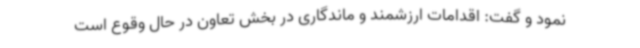
نمود و گفت: اقدامات ارزشمند و ماندگاری در بخش تعاون در حال وقوع است